Civil Veterinary Dept. Bombay admin report 1923-31 - 1923-1931
Year: 1923
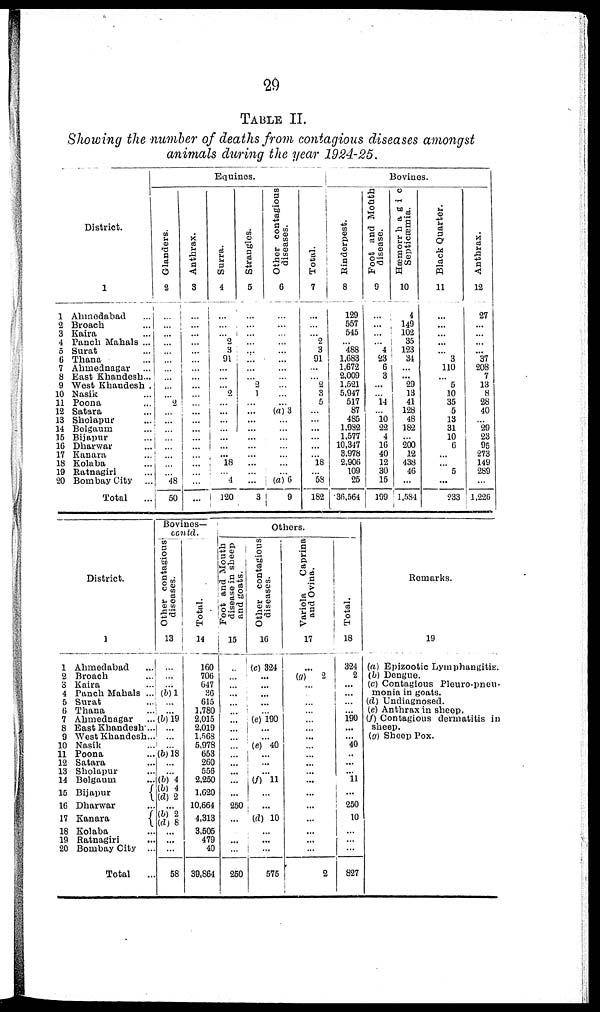
29
TABLE
II.
Showing
the number
of deaths
from
contagious
diseases
amongst
animals
during
the year
1924-25.
District.
1
1 Ahmedabad ...
2 Broach ...
3 Kaira ...
4 Panch Mahals ...
5 Surat ...
6 Thana ...
7 Ahmednagar ...
8 East Khandesh...
9 West Khandesh .
10 Nasik ...
11 Poona ...
12 Satara ...
13 Sholapur ...
14 Belgaum ...
15 Bijapur ...
16 Dharwar ...
17 Kanara ...
18 Kolaba ...
19 Ratnagiri ...
20 Bombay City ...
Total ...
Equines.
Glanders.
2
...
...
...
...
...
...
...
...
...
...
2
...
...
...
...
...
...
...
...
48
50
Anthrax.
3
...
...
...
...
...
...
...
...
...
...
...
...
...
...
...
...
...
...
...
...
...
Surra.
4
...
...
...
2
3
91
...
...
...
2
...
...
...
...
...
...
...
18
...
4
120
Strangles.
5
...
...
...
...
...
...
...
...
2
1
...
...
...
...
...
...
...
...
...
...
3
Other contagious
diseases.
6
...
...
...
...
...
...
...
...
...
...
...
(a) 3
...
...
...
...
...
...
...
(a) 6
9
Total.
7
...
...
...
2
3
91
...
...
2
3
5
...
...
...
...
...
...
18
...
58
182
Bovines.
Rinderpest.
8
129
557
545
...
488
1,683
1,672
2,009
1,521
5,947
517
87
485
1,932
1,577
10,347
3,978
2,906
109
25
36,564
Foot and Mouth
disease.
9
...
...
...
...
4
23
6
3
...
14
10 22
4
16
40
12
30
15
199
Hæmorrhagic
Septicæmia.
10
4
149
102
35
123
34
...
...
29
13
41
128
48
182
...
200
12
438
46
...
1,584
Black Quarter.
11
...
...
...
...
...
3
110
...
5
10
35
5
13
31
10
6
...
...
5
...
233
Anthrax.
12
27
...
...
...
...
37
208
7
13
8
28
40
...
29
23
95
273
149
289
...
1,226
District.
1
1 Ahmedabad ...
2 Broach ...
3 Kaira ...
4 Panch Mahals ...
5 Surat ...
6 Thana ...
7 Ahmednagar ...
8 East Khandesh ...
9 West Khandesh...
10 Nasik ...
11 Poona ...
12 Satara ...
13 Sholapur ...
14 Belgaum ...
15 Bijapur
16 Dharwar ...
17 Kanara
18 Kolaba ...
19 Ratnagiri ...
20 Bombay City ...
Total ...
Bovines—
contd.
Other contagious
diseases.
13
...
...
...
(b) 1
...
...
(b) 19
...
...
...
(b) 18
...
...
(b) 4
(b) 4
(d) 2
...
(b) 2
(d) 8
...
...
...
58
Total.
14
160
706
647
36
615
1,780
2,015
2,019
1,568
5,978
653
260
556
2,250
1,620
10,664
4,313
3,505
479
40
39,864
Others.
Foot and Mouth
disease in sheep
and goats.
15
...
...
...
...
...
...
...
...
...
...
...
...
...
...
...
250
...
...
...
...
250
Other contagious
diseases.
16
(c) 324
...
...
...
...
...
(e) 190
...
...
(e) 40
...
...
...
(f) 11
...
...
(d) 10
...
...
...
575
Variola
Caprina
and Ovina.
17
...
(a) 2
...
...
...
...
...
...
...
...
...
...
...
...
...
...
...
...
...
...
2
Total.
18
324
2
...
...
...
...
190
...
...
40
..
...
...
11
...
250
10
...
...
...
827
Remarks.
19
(a) Epizootic Lymphangitis.
(b) Dengue.
(c) Contagious Pleuro-pneu-
monia in goats.
(d) Undiagnosed.
(e) Anthrax in sheep.
(f) Contagious dermatitis in
sheep.
(a) Sheep Pox.